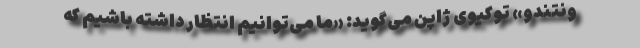
ونتندو» توکیوی ژاپن می‌گوید: «ما می‌توانیم انتظار داشته ‌باشیم که